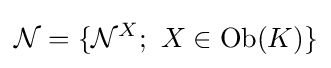
{\mathcal {N}}=\{{\mathcal {N}}^{X};\ X\in \operatorname {Ob} ({K})\}